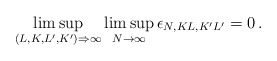
\begin{align*}\limsup_{(L,K,L',K') \Rightarrow \infty} \limsup_{N\to \infty} \epsilon_{N, K L, K' L'} = 0\,.\end{align*}